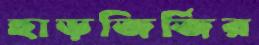
হাড়জির্‌জির